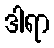
ဒါရာ